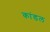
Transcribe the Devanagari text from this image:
कांडल